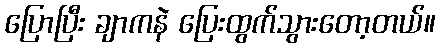
ပြောပြီး ချာကနဲ ပြေးထွက်သွားတော့တယ်။